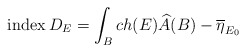
\begin{align*}{\rm index}\, D_{E} = \int_B ch(E) \widehat{A}(B) - \overline\eta_{E_0}\end{align*}